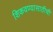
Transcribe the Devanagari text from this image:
शिकवण्यासाठीची